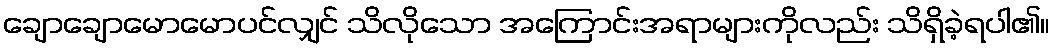
ချောချောမောမောပင်လျှင် သိလိုသော အကြောင်းအရာများကိုလည်း သိရှိခဲ့ရပါ၏။